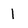
Character: 1